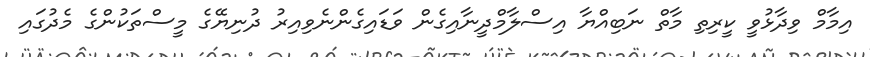
އިމާމް ވިދާޅުވީ ކީރިތި މާތް ނަބިއްޔާ އިސްލާމްދީނާއިގެން ވަޑައިގެންނެވިއިރު ދުނިޔޭގެ މީސްތަކުންގެ މެދުގައި